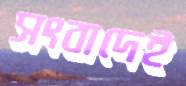
সংবাদেই